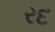
રદ